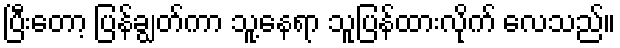
ပြီးတော့ ပြန်ချွတ်ကာ သူ့နေရာ သူပြန်ထားလိုက် လေသည်။